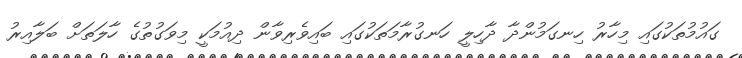
ގައުމުތަކުގައި މިހާރު ހިނގަމުންދާ ދާހިލީ ހަނގުރާމަތަކުގައި ބައިވެރިވާން ދިއުމަކީ މިވަގުތުގެ ހާލަތަށް ބަލާއިރު